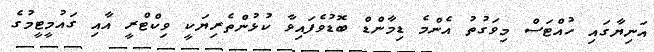
އަނިޔާގައި ހުއްޓަސް މިވަގުތު އެންމެ ޑިމާންޑް ބޮޑުވެފައިވާ ކުޅުންތެރިޔަކީ ވިކްޓްރީ އާއި ގައުމީޓީމުގެ